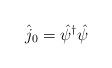
LaTeX: \begin{align*}\hat{j}_{0}=\hat{\psi }^{\dagger }\hat{\psi }\end{align*}